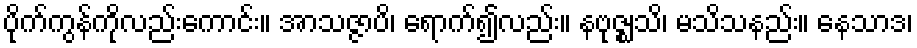
ပိုက်ကွန်ကိုလည်းကောင်း။ အာသဇ္ဇာပိ၊ ရောက်၍လည်း။ နဗုဇ္ဈသိ၊ မသိသနည်း။ နေသာဒ၊